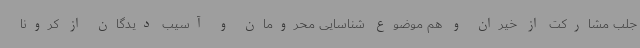
جلب مشارکت از خیران و هم موضوع شناسایی محرومان و آسیب دیدگان از کرونا